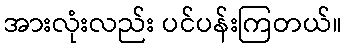
အားလုံးလည်း ပင်ပန်းကြတယ်။